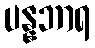
ပန္နဘာရ